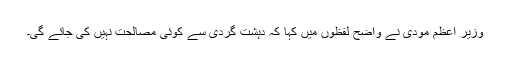
وزیر اعظم مودی نے واضح لفظوں میں کہا کہ دہشت گردی سے کوئی مصالحت نہیں کی جائے گی۔